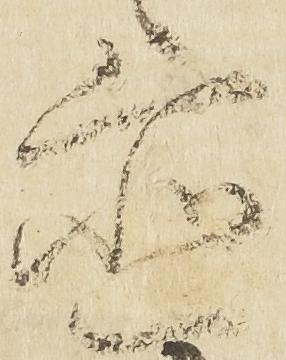
置